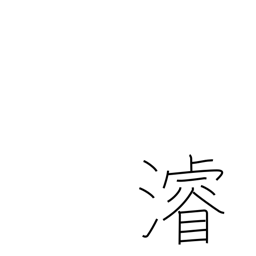
Meaning: dredge